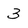
Character: 3